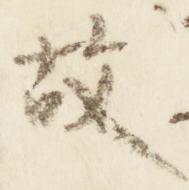
故